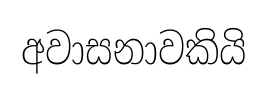
අවාසනාවකියි